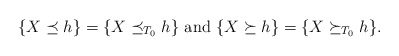
\begin{align*}\{ X \preceq h\}=\{ X \preceq_{T_0} h\}~{\rm {and}}~ \{X\succeq h\}= \{X\succeq_{T_0} h\}.\end{align*}